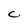
Character: C